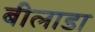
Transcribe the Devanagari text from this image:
बीलाडा